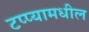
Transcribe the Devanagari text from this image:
टप्प्यामधील